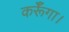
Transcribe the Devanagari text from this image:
कर्रूँगा।